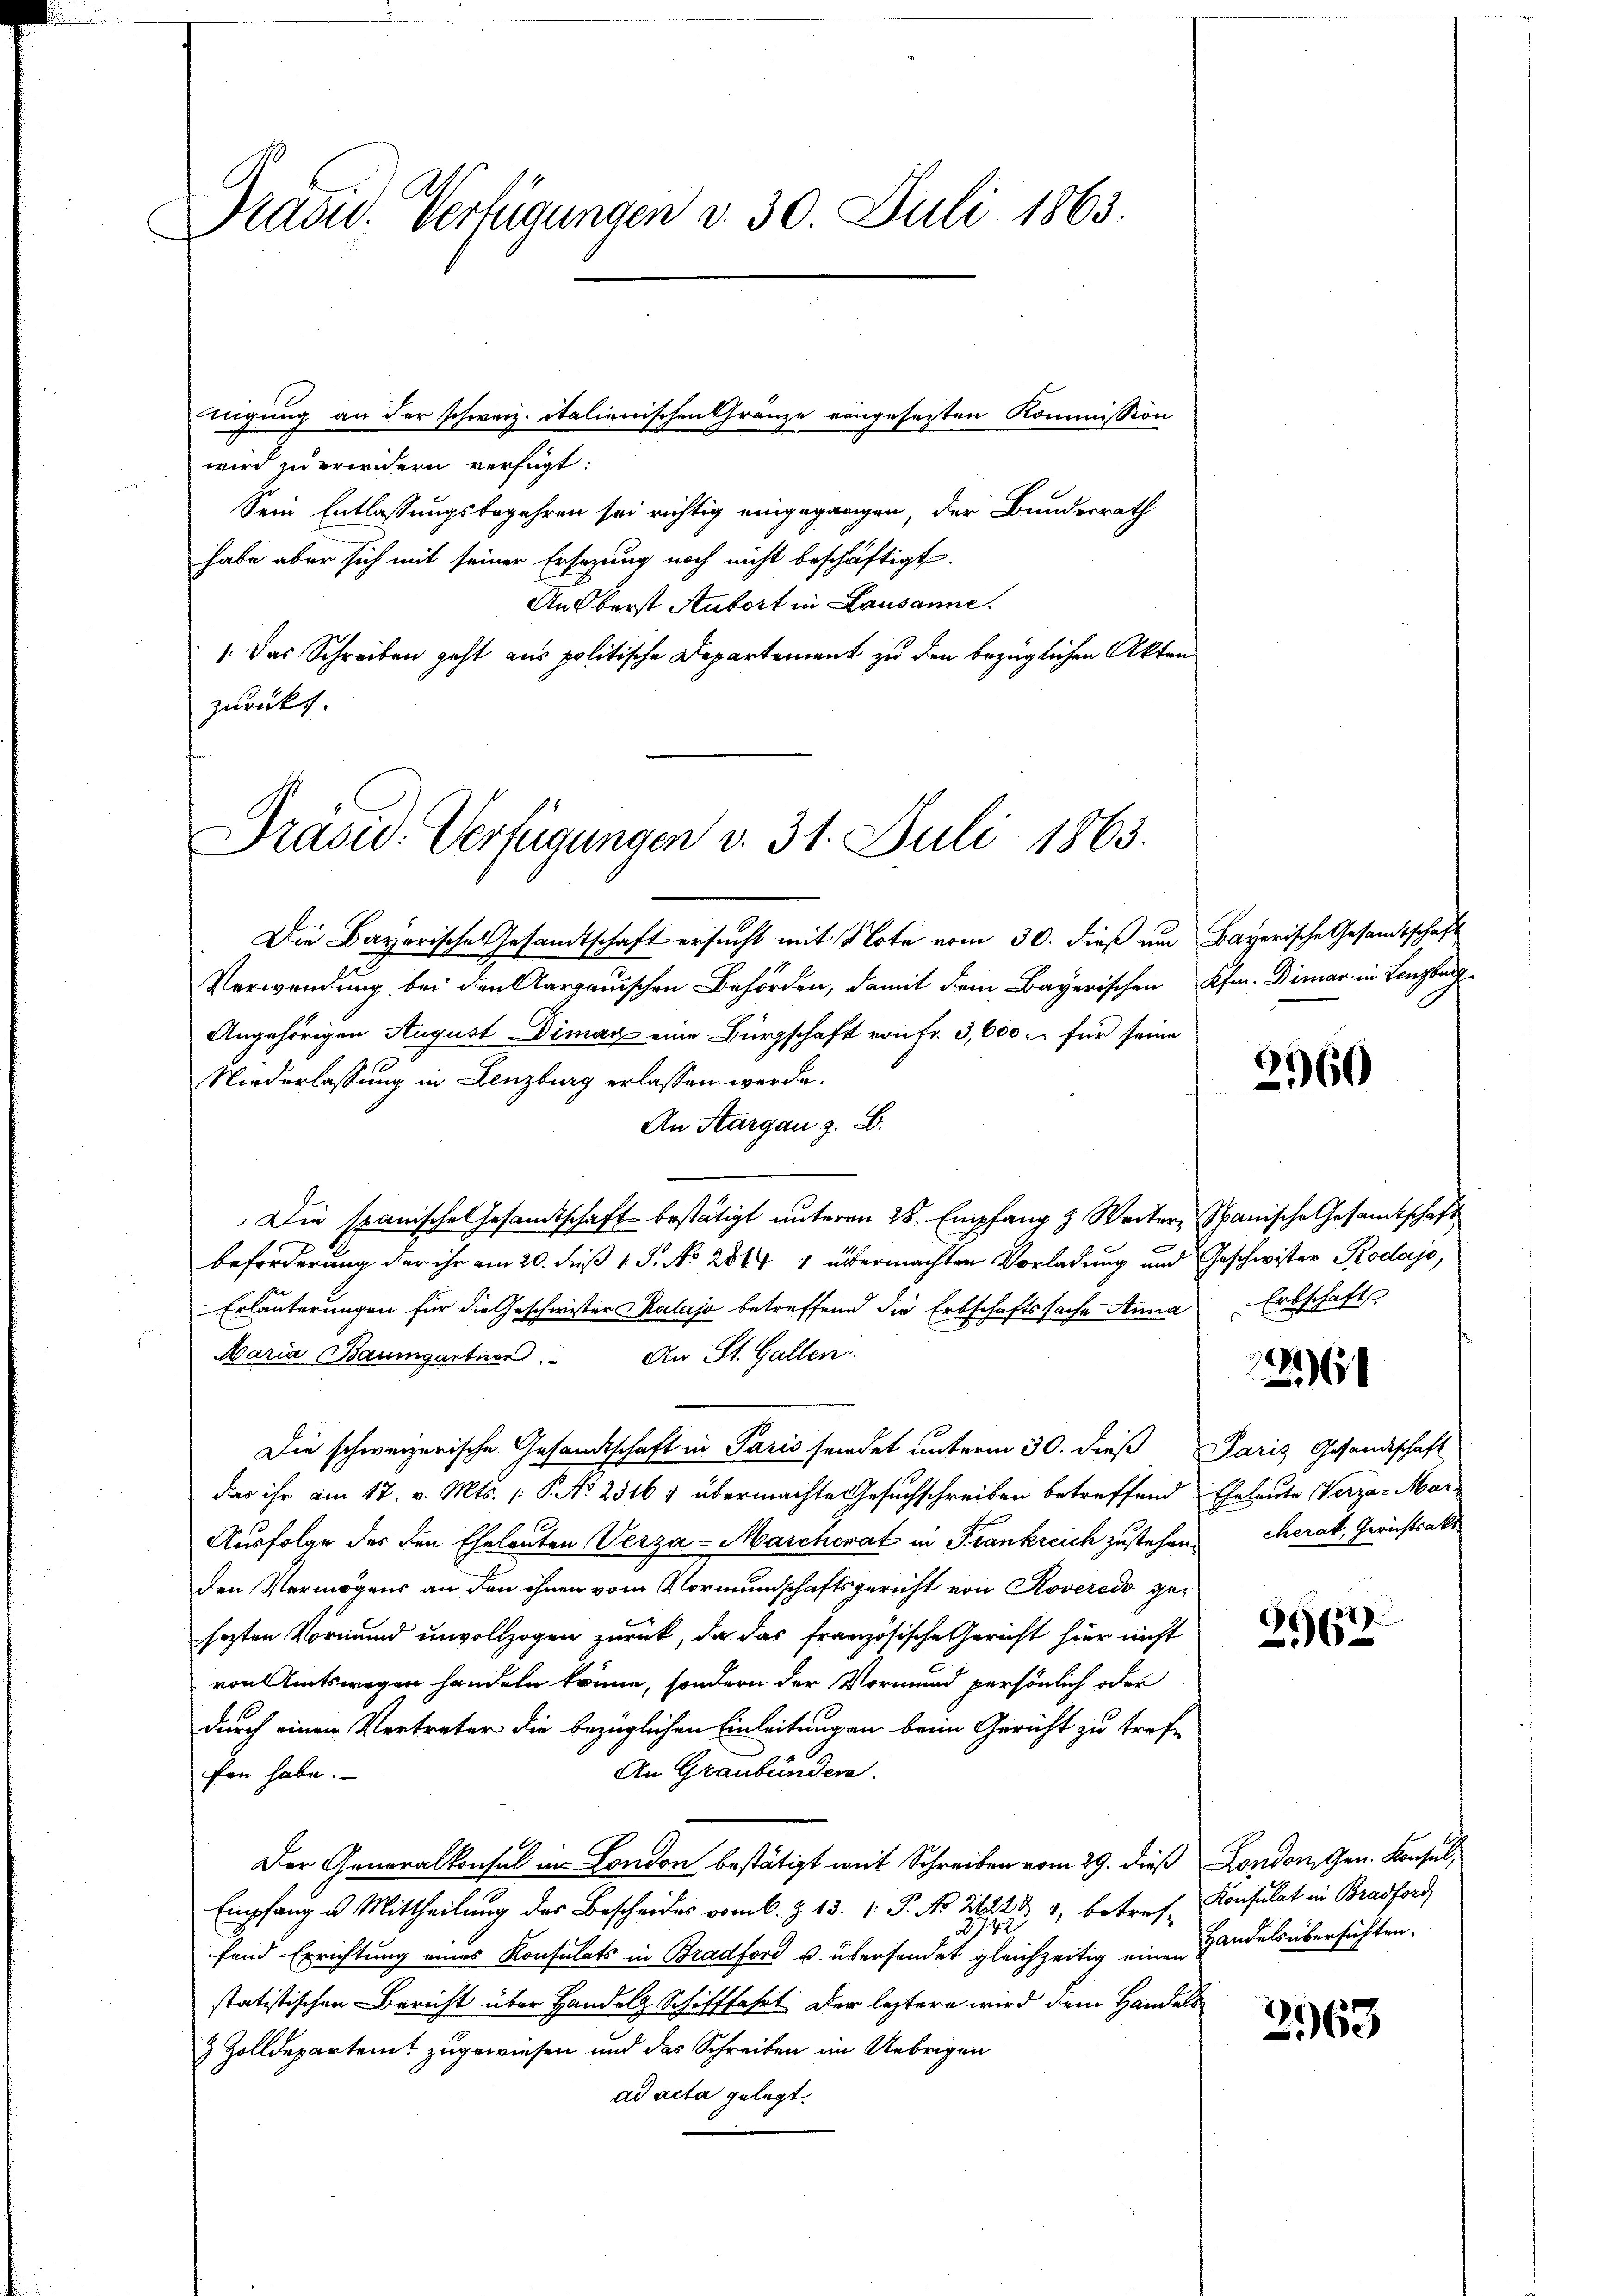
Prasid. Verfügungen v. 30. Juli 1863.

wird zu erindern verfügt:
Sein Entlassungsbegehren sei richtig eingegangen, der Bundesrath
habe aber sich mit seiner Ersezung noch nicht beschäftigt.
Ansberst Aubert in Lausanne.
: Das Schreiben geht aus politische Departement zu den bezüglichen Akten
zurückt.

nigung an der schweiz. Italienischen Gränze eingesezten Kommission

Präsid. Verfügungen v. 31. Juli 1863.

Die Bayerische Gesandtschaft ersucht mit Note vom 30. dieß um Bayerische Gesandtschaft
Verwendung bei den Aargauischen Behörden, damit dem Bayerischen Kfm. Demar in Lenzburg
Angehörigen August Diman eine Bürgschaft von Fr. 3,600 u. für seine
Niederlassung in Lenzburg erlassen werde.
An Aargau z. B.
Die spanische Gesamtschaft bestätigt unterm 28. Empfang & Weiter, Spanische Gesamtschaft
beforderung der ihr am 20. Fuß 1 S. No 284 1 übermachten Vorladung und Geschwister Rodajo,
Erläuterungen für die Geschwister Rodajo betreffend die Erbschaftssache Anna Erbschafts
Maria Baumgartner. An St. Gallen.
Die schweizerische Gesandtschaft in Paris sendet unterm 30. dieß Paris Gesandtschaft
das ihr am 17. v. Mts. (T. No 2516 f übermachte Gesuchschreiben betreffend Eheleute Verza- Mar
Ausfolge des den Eheleuten Verza - Marcherat in Frankreich zustehen.
den Vermögens an den ihnen vom Vormundschaftsgericht von Roveredo gehesten Vormund unvollzogen zurück, da das französische Gericht hier nicht
von Amtswegen handeln könne, sondern der Vormund persönlich oder
durch einen Vertreter die bezüglichen Einleitungen beim Gericht zu tref¬
An Graubünden.
fen habe.
1
Der Generalkonsul in London bestätigt mit Schreiben vom 29. dieß London, Gen. Konsul,
Empfang u. Mittheilung des Bescheides vom 6. Z. 13. 1. P. No. 214, betref- Konsulat in Bradford
fend Errichtung eines Konsulats in Bradford u. übersendet gleichzeitig eine Handels übersichten,
statistischen Bericht über Handels Schifffahrt der leztere wird dem Handels
& Zolldepartent zugewiesen und das Schreiben im Uebrigen
ad acta gelegt.

2960

1261

cherat, Gerichtsakt

.
162

2963